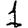
Digit: 1